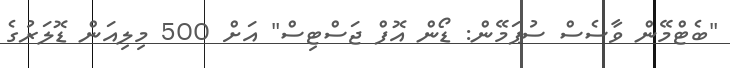
"ބެޓްމޭން ވާސެސް ސުޕަމޭން: ޑޯން އޮފް ޖަސްޓިސް" އަށް 500 މިލިއަން ޑޮލަރުގެ